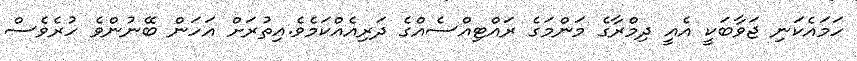
ހަމައެކަނި ޖަވާބަކީ އެއީ ދިމްރާގެ މަންމަގެ ރައްޓިއްސެއްގެ ދަރިއެއްކަމެވެ.އިތުރަށް އަހަން ބޭނުންވެ ހުރެވެސް